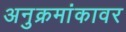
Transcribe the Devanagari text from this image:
अनुक्रमांकावर